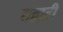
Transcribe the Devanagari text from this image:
सह्यद्री